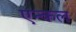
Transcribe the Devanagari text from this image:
एन्कल